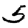
Digit: 5